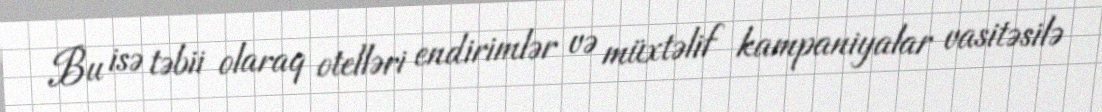
Bu isə təbii olaraq otelləri endirimlər və müxtəlif kampaniyalar vasitəsilə